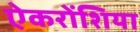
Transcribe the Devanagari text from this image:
ऐकरोंशिया